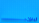
ليس